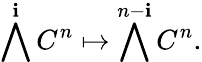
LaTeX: \bigwedge^{\mathbf{i}}C^{n}\mapsto\bigwedge^{n-\mathbf{i}}C^{n}.